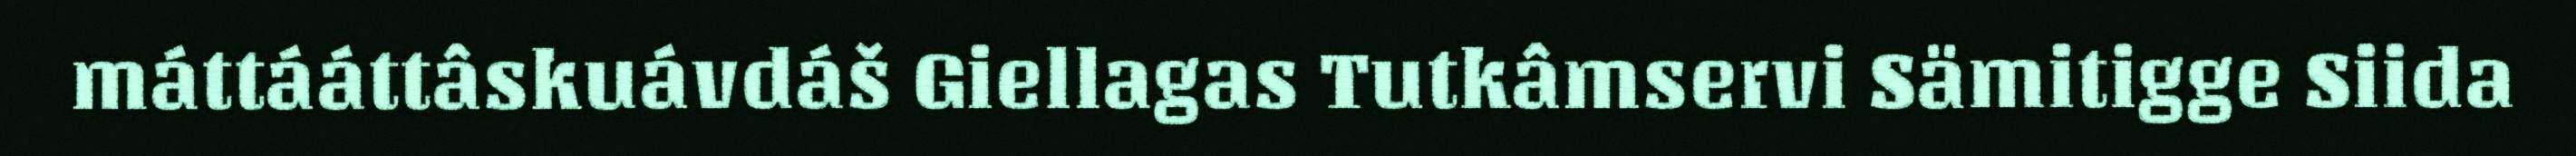
máttááttâskuávdáš Giellagas Tutkâmservi Sämitigge Siida